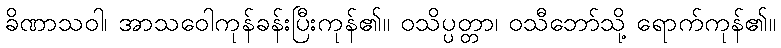
ခိဏာသဝါ၊ အာသဝေါကုန်ခန်းပြီးကုန်၏။ ဝသိပ္ပတ္တာ၊ ဝသီဘော်သို့ ရောက်ကုန်၏။